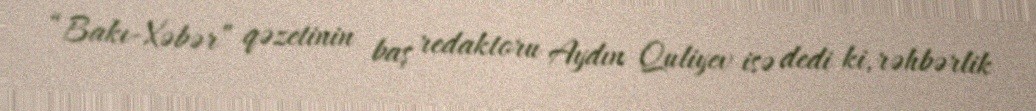
“Bakı-Xəbər” qəzetinin baş redaktoru Aydın Quliyev isə dedi ki, rəhbərlik